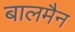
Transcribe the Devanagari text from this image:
बालमैन